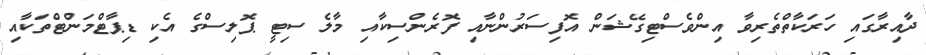
ދާއިރާގައި ހަރަކާތްތެރިވާ އިންވެސްޓިގޭޝަން އޮފިސަރުންނާއި ފޮރެންސިކާއި މާލެ ސިޓީ ޕޮލިސްގެ އެކި ޑިޕާޓްމަންޓްތަކާއި